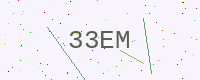
Text: 33EM